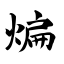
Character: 煸